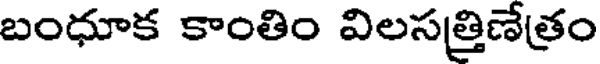
బంధూక కాంతిం విలసత్రిణేత్రం